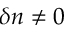
\delta n \neq 0